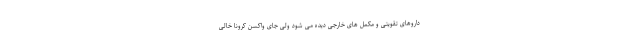
داروهای تقویتی و مکمل های خارجی دیده می شود ولی جای واکسن کرونا خالی